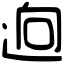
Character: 逈